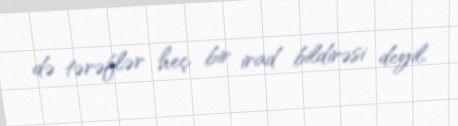
də tərəflər heç bir irad bildirəsi deyil.